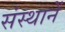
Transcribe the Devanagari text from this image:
संस्थानें